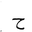
Letter: _ha